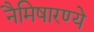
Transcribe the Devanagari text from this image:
नैमिषारण्ये